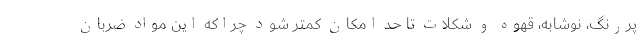
پررنگ، نوشابه، قهوه و شکلات تا حد امکان کمتر شود چراکه این مواد ضربان